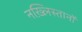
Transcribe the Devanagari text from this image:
नख़्लिस्तानों